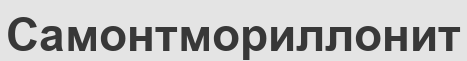
Самонтмориллонит